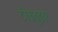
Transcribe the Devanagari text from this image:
टीकवुडवर